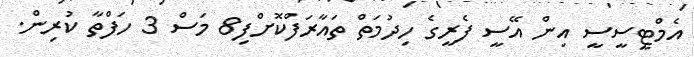
އެމްޓީސީސީ އިން އޭސީ ފެރީގެ ހިދުމަތް ތައާރަފްކޮށްފި8 މަސް 3 ހަފްތާ ކުރިން.